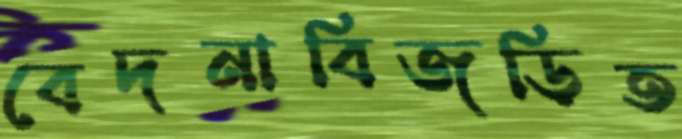
বেদনাবিজড়িত